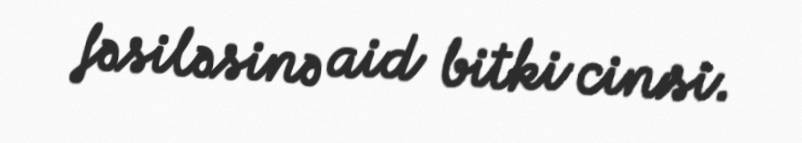
fəsiləsinə aid bitki cinsi.